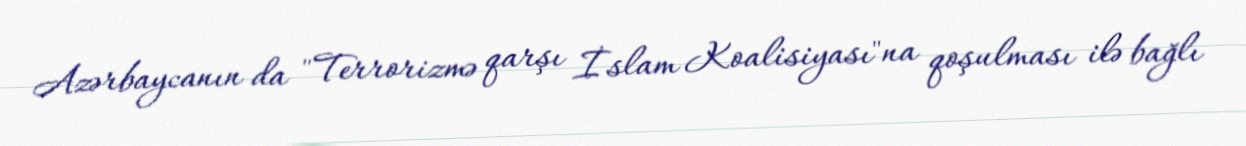
Azərbaycanın da "Terrorizmə qarşı İslam Koalisiyası"na qoşulması ilə bağlı